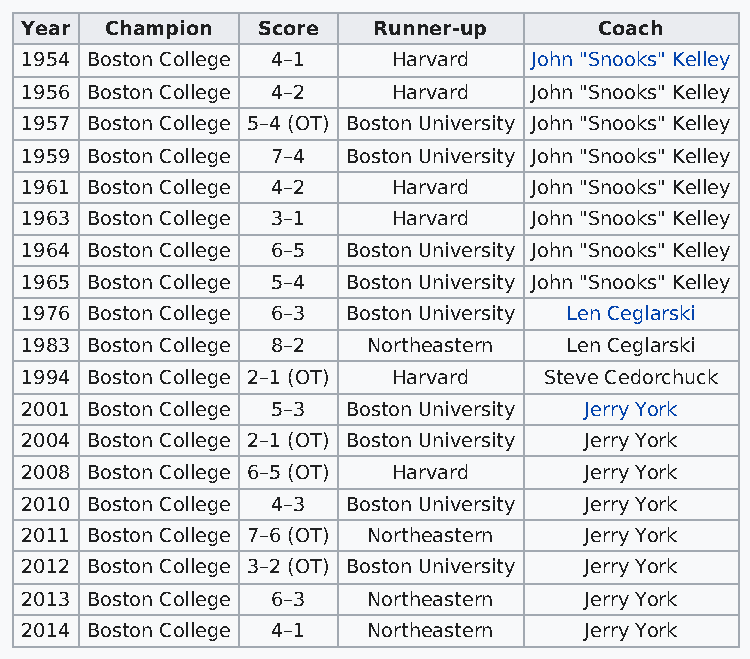
Year  Champion  Score   Runner-up      Coach
 1954 Boston College 4–1  Harvard  John "Snooks" Kelley
 1956 Boston College 4–2  Harvard  John "Snooks" Kelley
 1957 Boston College 5–4 (OT) Boston University John "Snooks" Kelley
 1959 Boston College 7–4 Boston University John "Snooks" Kelley
 1961 Boston College 4–2  Harvard  John "Snooks" Kelley
 1963 Boston College 3–1  Harvard  John "Snooks" Kelley
 1964 Boston College 6–5 Boston University John "Snooks" Kelley
 1965 Boston College 5–4 Boston University John "Snooks" Kelley
 1976 Boston College 6–3 Boston University Len Ceglarski
 1983 Boston College 8–2 Northeastern Len Ceglarski
 1994 Boston College 2–1 (OT) Harvard Steve Cedorchuck
 2001 Boston College 5–3 Boston University Jerry York
 2004 Boston College 2–1 (OT) Boston University Jerry York
 2008 Boston College 6–5 (OT) Harvard  Jerry York
 2010 Boston College 4–3 Boston University Jerry York
 2011 Boston College 7–6 (OT) Northeastern Jerry York
 2012 Boston College 3–2 (OT) Boston University Jerry York
 2013 Boston College 6–3 Northeastern  Jerry York
 2014 Boston College 4–1 Northeastern  Jerry York